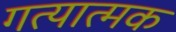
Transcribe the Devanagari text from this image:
गत्‍यात्‍मक